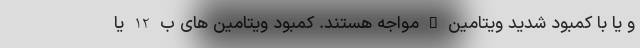
و یا با کمبود شدید ویتامین D مواجه هستند. کمبود ویتامین های ب 12 یا